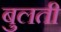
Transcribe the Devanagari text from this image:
बुलती